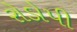
રોડોપી